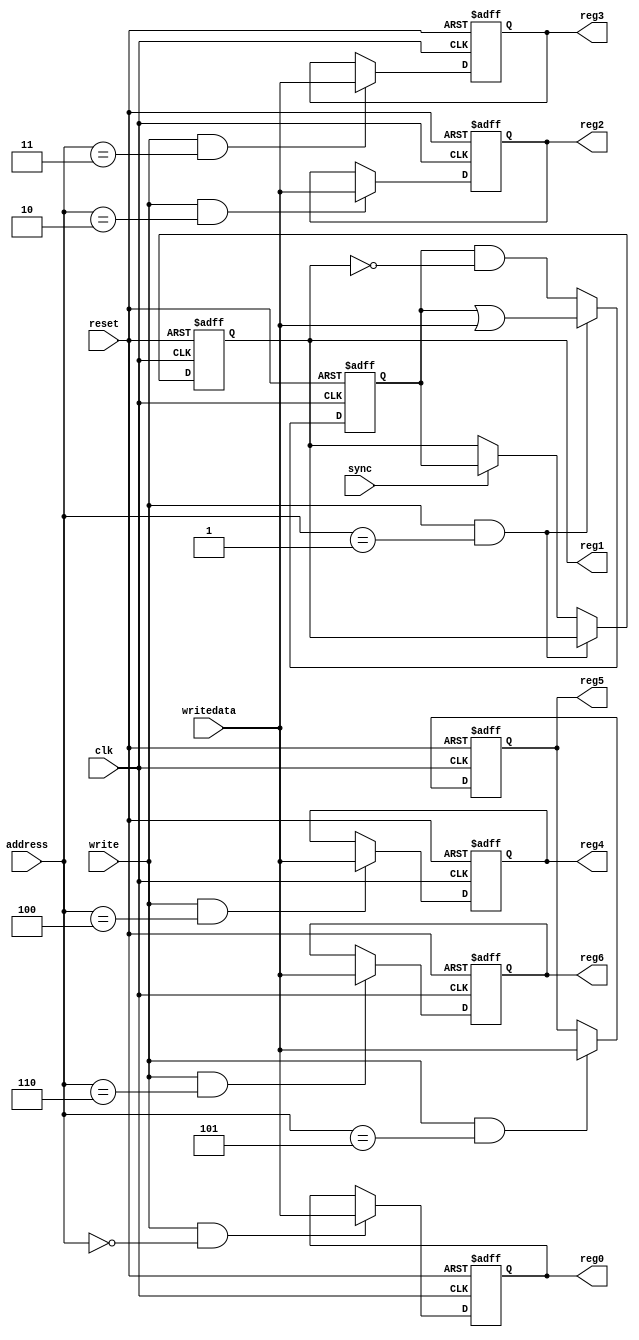
module trigger_interface
(
	input clk,
	input sync,
	input reset,

	input write,
	input [31:0]writedata,
	input [3:0]address,

	output reg [31:0]reg0,
	output reg [31:0]reg1,
	output reg [31:0]reg2,
	output reg [31:0]reg3,
	output reg [31:0]reg4,
	output reg [31:0]reg5,
	output reg [31:0]reg6
);

	// register 0
	always @(posedge clk or posedge reset)
	begin
		if (reset) reg0 <= 0;
		else if (write && (address == 4'd0)) reg0 <= writedata;
	end

	// pulse register 1
	reg [31:0]pulse1;
	always @(posedge clk or posedge reset)
	begin
		if (reset)
		begin
			pulse1 <= 0;
			reg1   <= 0;
		end
		else
		begin
			if (write && (address == 4'd1)) pulse1 <= pulse1 | writedata;
			else
			begin
				if (sync) reg1 <= pulse1;
				pulse1 <= pulse1 & ~reg1;
			end
		end
	end

	// register 2
	always @(posedge clk or posedge reset)
	begin
		if (reset) reg2 <= 0;
		else if (write && (address == 4'd2)) reg2 <= writedata;
	end

	// register 3
	always @(posedge clk or posedge reset)
	begin
		if (reset) reg3 <= 0;
		else if (write && (address == 4'd3)) reg3 <= writedata;
	end

	// register 4
	always @(posedge clk or posedge reset)
	begin
		if (reset) reg4 <= 0;
		else if (write && (address == 4'd4)) reg4 <= writedata;
	end

	// register 5
	always @(posedge clk or posedge reset)
	begin
		if (reset) reg5 <= 0;
		else if (write && (address == 4'd5)) reg5 <= writedata;
	end

	// register 6
	always @(posedge clk or posedge reset)
	begin
		if (reset) reg6 <= 0;
		else if (write && (address == 4'd6)) reg6 <= writedata;
	end

endmodule